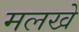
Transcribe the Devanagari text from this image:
मलखे